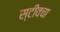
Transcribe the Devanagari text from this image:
स्टीवचा